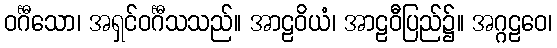
ဝင်္ဂီသော၊ အရှင်ဝင်္ဂီသသည်။ အာဠဝိယံ၊ အာဠဝီပြည်၌။ အဂ္ဂဠဝေ၊